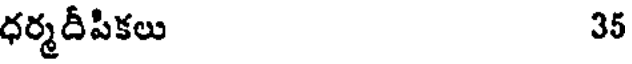
ధర్మదీపికలు 35